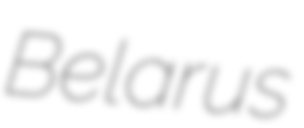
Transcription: Belarus